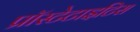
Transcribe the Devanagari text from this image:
प्रॉस्टेटाइटिस